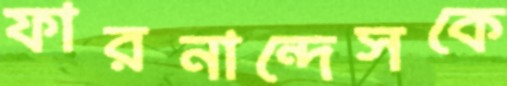
ফারনান্দেসকে